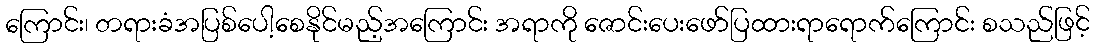
ကြောင်း၊ တရားခံအပြစ်ပေါ့စေနိုင်မည့်အကြောင်း အရာကို ဇောင်းပေးဖော်ပြထားရာရောက်ကြောင်း စသည်ဖြင့်